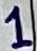
Text: 1